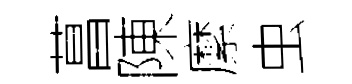
菖陳縻虫